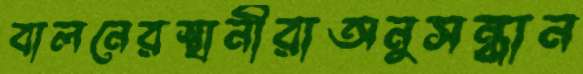
বালনেরস্থানীরাঅনুসন্ধান